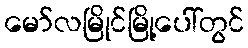
မော်လမြိုင်မြို့ပေါ်တွင်